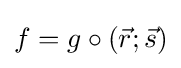
f=g\circ ({\vec {r}};{\vec {s}})